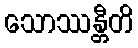
သောဿန္တီတိ